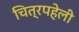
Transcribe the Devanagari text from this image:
चित्रपहेली